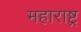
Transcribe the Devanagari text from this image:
महाराष्ट्र